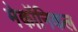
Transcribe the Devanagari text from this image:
मेकॉनिकल